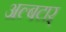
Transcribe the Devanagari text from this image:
अल्बटार्